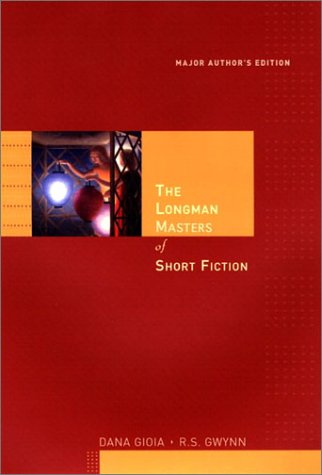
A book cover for The Longman Masters of Short Fiction; Dana Gioia; Science Fiction & Fantasy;